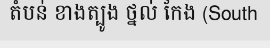
តំបន់ ខាងត្បូង ថ្នល់ កែង (South